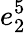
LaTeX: e_{2}^{5}